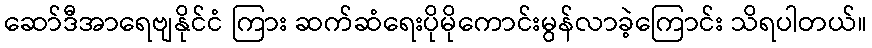
ဆော်ဒီအာရေဗျနိုင်ငံ ကြား ဆက်ဆံရေးပိုမိုကောင်းမွန်လာခဲ့ကြောင်း သိရပါတယ်။